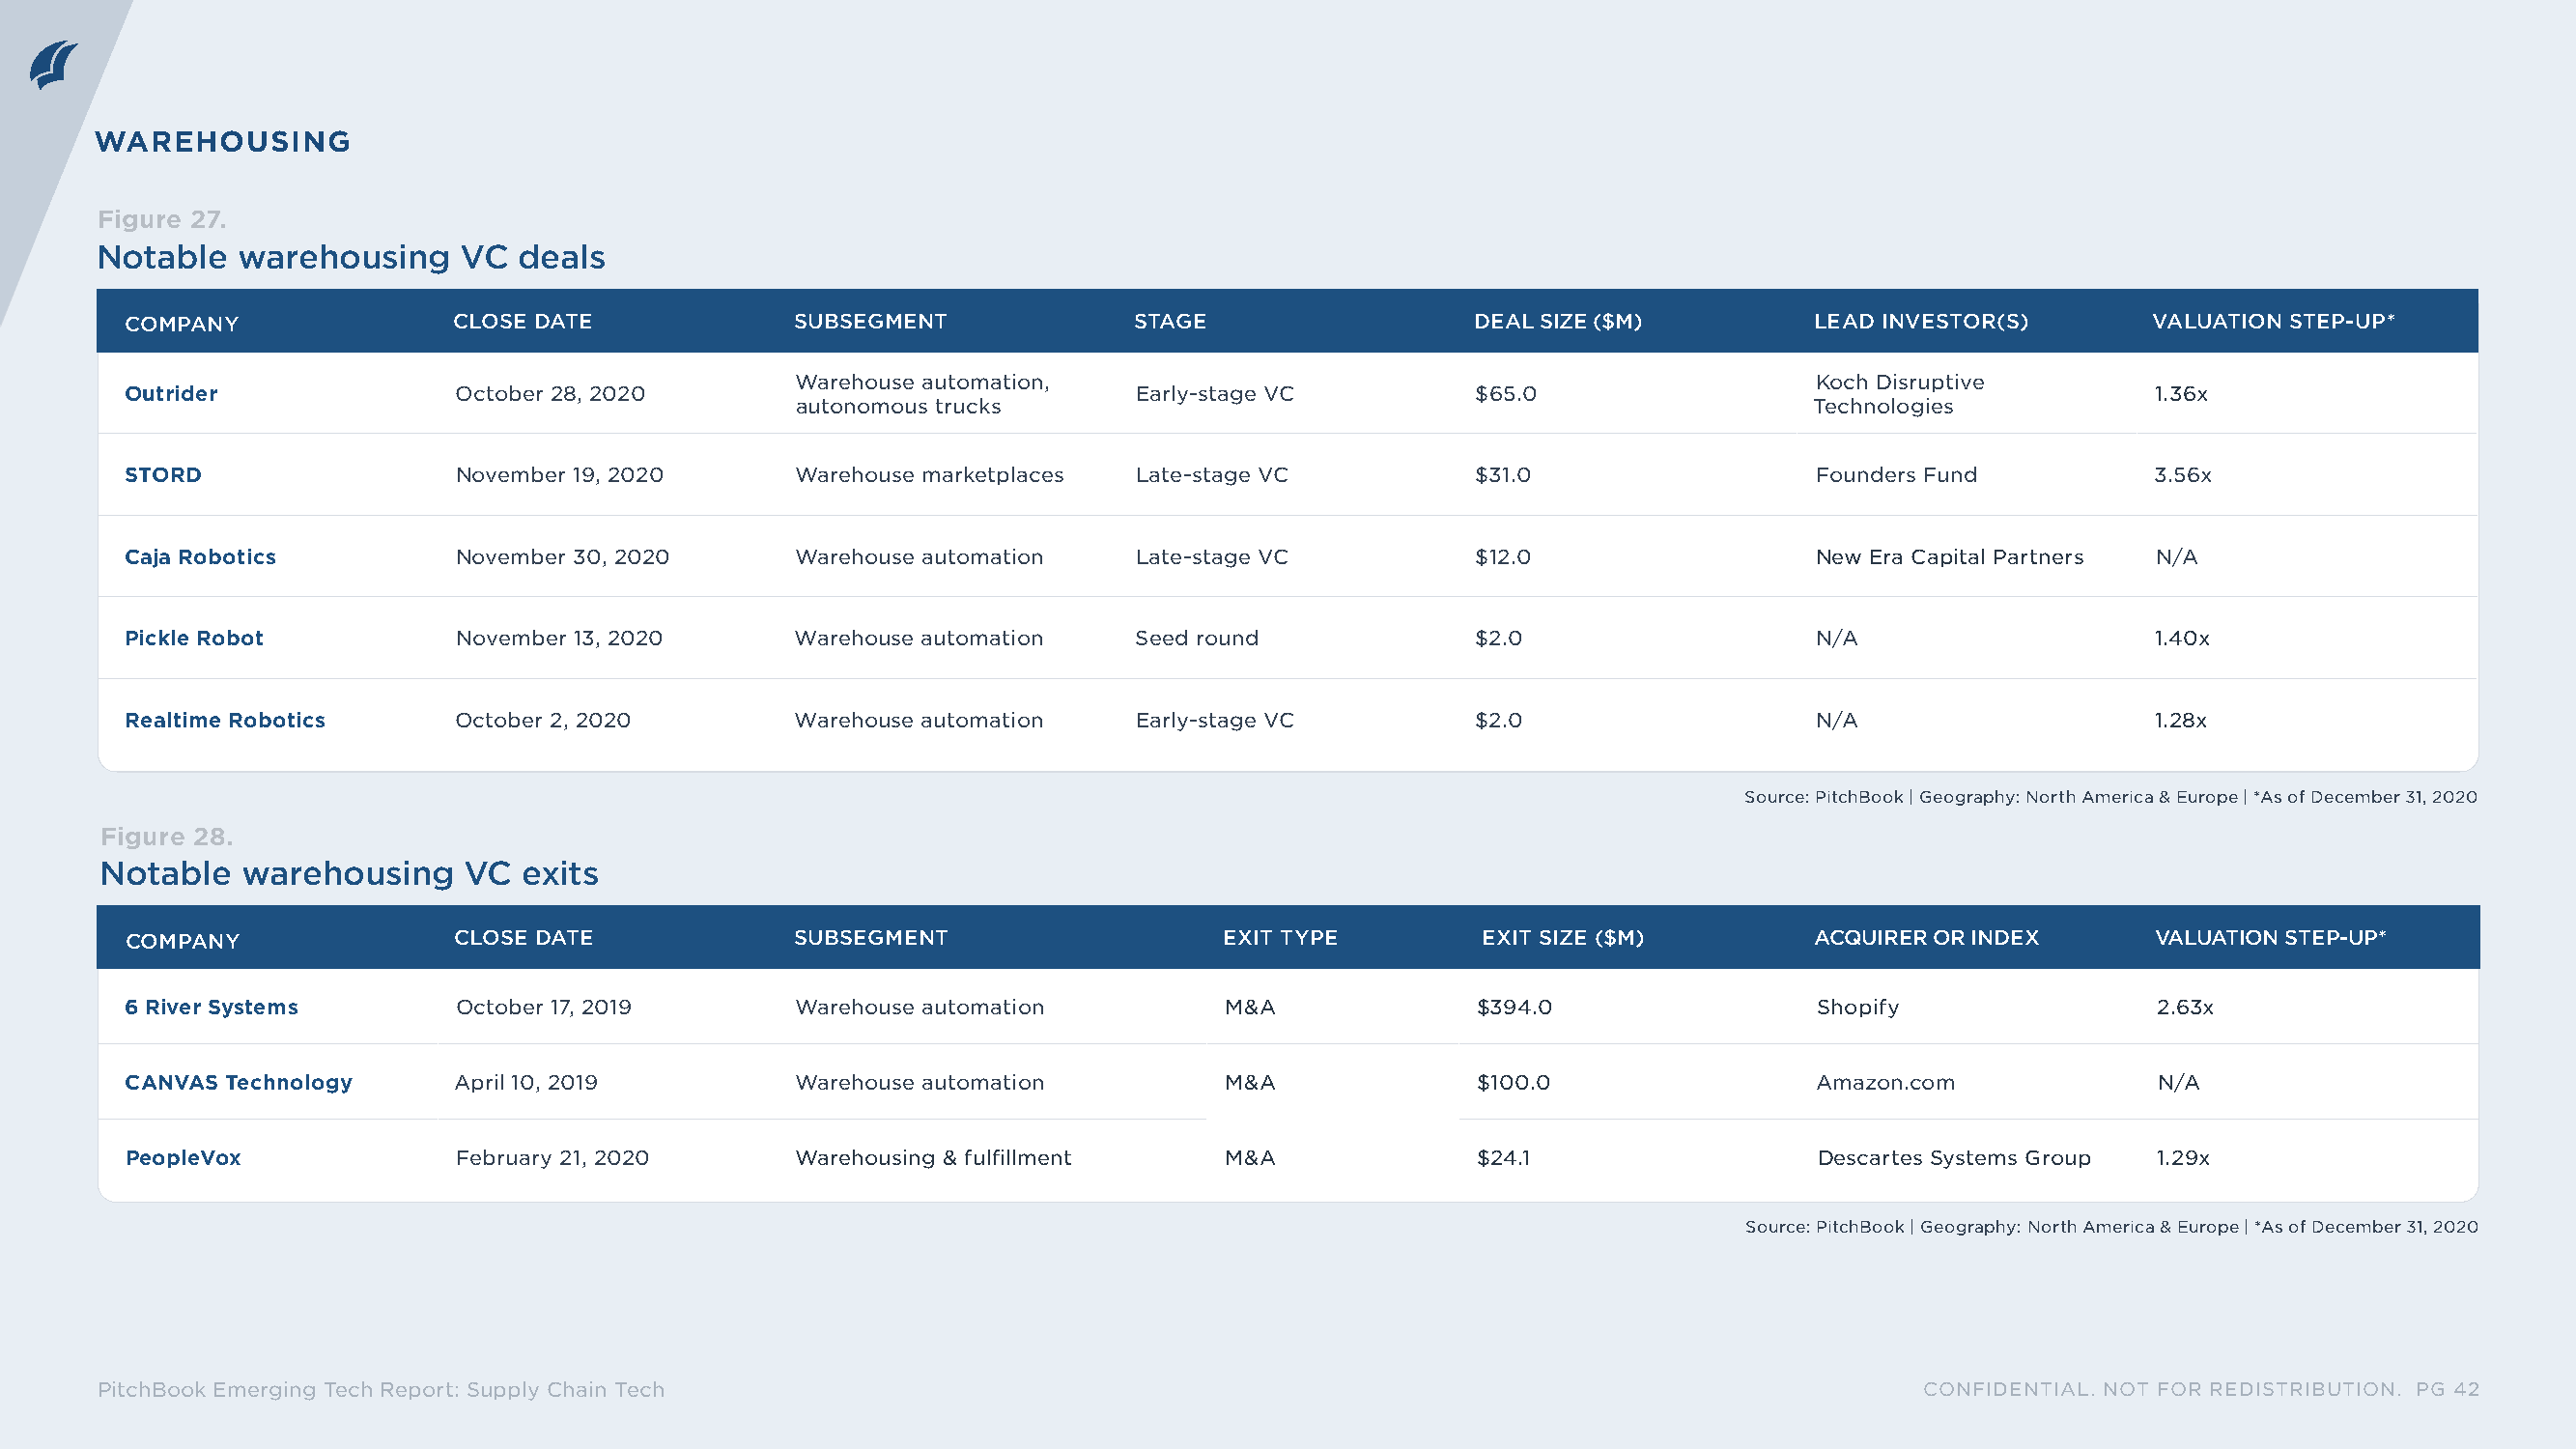
WAREHOUSING
 Figure 27.
 Notable  warehousing     VC  deals
 ICOMPANY               CLOSE DATE             SUBSEGMENT              STAGE                  DEAL SIZE ($M)         LEAD INVESTOR(S)        VALUATION STEP-UP*
 Warehouse automation,                                                 Koch Disruptive
 Outrider              October 28, 2020                               Early-stage VC         $65.0                                          1.36x
 autonomous trucks                                                    Technologies
 STORD                 November 19, 2020      Warehouse marketplaces  Late-stage VC          $31.0                  Founders Fund           3.56x
 Caja Robotics         November 30, 2020      Warehouse automation    Late-stage VC          $12.0                  New Era Capital Partners N/A
 Pickle Robot          November 13, 2020      Warehouse automation    Seed round             $2.0                   N/A                     1.40x
 Realtime Robotics     October 2, 2020        Warehouse automation    Early-stage VC         $2.0                   N/A                     1.28x
 Source: PitchBook | Geography: North America & Europe | *As of December 31, 2020
 Figure 28.
 Notable   warehousing    VC  exits
 ICOMPANY               CLOSE DATE             SUBSEGMENT                    EXIT TYPE         EXIT SIZE ($M)        ACQUIRER OR INDEX       VALUATION STEP-UP*
 6 River Systems       October 17, 2019        Warehouse automation         M&A              $394.0                  Shopify                2.63x
 CANVAS Technology     April 10, 2019          Warehouse automation         M&A              $100.0                 Amazon.com              N/A
 PeopleVox             February 21, 2020       Warehousing & fulfillment    M&A              $24.1                   Descartes Systems Group 1.29x
 Source: PitchBook | Geography: North America & Europe | *As of December 31, 2020
 PitchBook Emerging Tech Report: Supply Chain Tech                                                                            CONFIDENTIAL. NOT FOR REDISTRIBUTION. PG 42